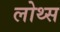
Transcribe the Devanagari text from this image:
लोथ्स